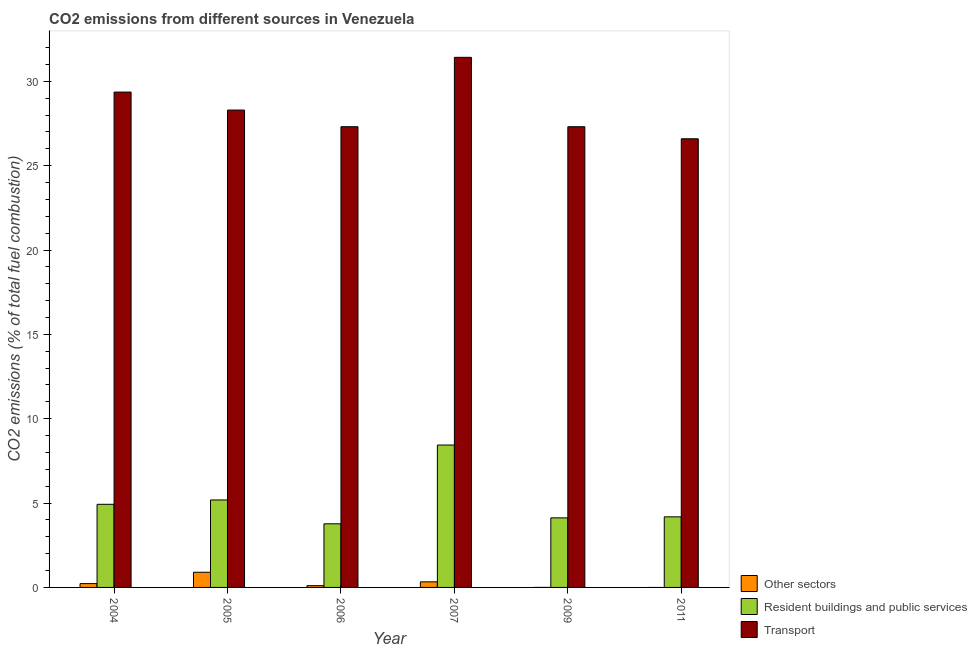
| Year | Other sectors | Resident buildings and public services | Transport |
 | --- | --- | --- | --- |
 | 2004 | 0.226 | 4.93 | 29.4 |
 | 2005 | 0.899 | 5.18 | 28.3 |
 | 2006 | 0.104 | 3.77 | 27.3 |
 | 2007 | 0.331 | 8.44 | 31.4 |
 | 2009 | -2.63e-16 | 4.12 | 27.3 |
 | 2011 | -0.00623 | 4.18 | 26.6 |